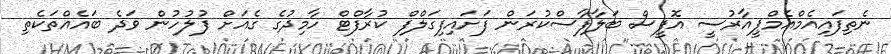
ނެތިފައިއެމްއެމްޕީއާރުސީ އޮފީސް ބަލާފާސްކުރަން ފަށައިފިގަލްފް ކުރާފްޓް ހާމިދުގެ ގެއަށް ފުލުހުން ވަދެ ބައެއްތަކެތި